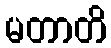
မတာတိ